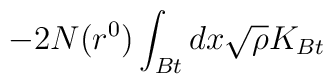
- 2N(r^0)\int_{Bt}  dx \sqrt{\rho} K_{Bt}